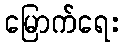
မြောက်ရေး